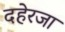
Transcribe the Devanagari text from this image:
दहेरजा